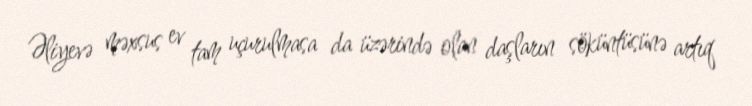
Əliyevə məxsus ev tam uçurulmasa da üzərində olan daşların söküntüsünə artıq